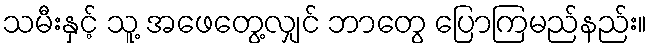
သမီးနှင့် သူ့ အဖေတွေ့လျှင် ဘာတွေ ပြောကြမည်နည်း။